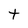
Character: t